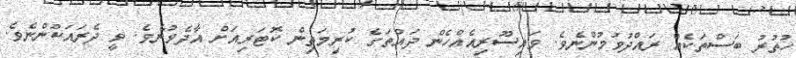
ހުތުރު ބަސްތަކެއް ރައްދުވުމުންނެވެ. ވައިސޫރިއެއްހެން ދައްތަގެ ކުރިމަތިން ކޮޓަރިއަށް އާދެވުނެވެ. ވީ ދެރައަކުންނެވެ.